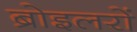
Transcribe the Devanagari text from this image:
ब्रोइलरों